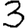
Digit: 3